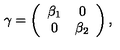
\gamma = \left( \begin{array} { c c } { \beta _ { 1 } } & { 0 } \\ { 0 } & { \beta _ { 2 } } \\ \end{array} \right) ,